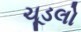
ચૂડલો